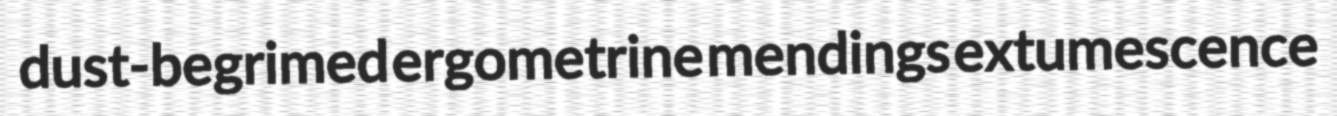
dust-begrimed ergometrine mendings extumescence